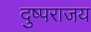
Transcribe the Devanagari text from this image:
दुष्पराजय